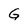
Character: G